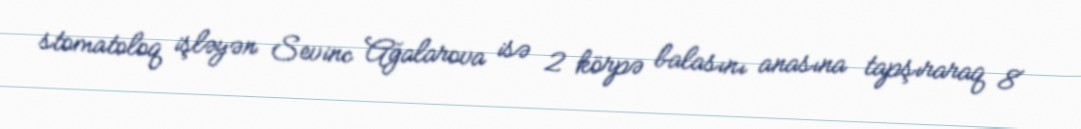
stomatoloq işləyən Sevinc Ağalarova isə 2 körpə balasını anasına tapşıraraq 8